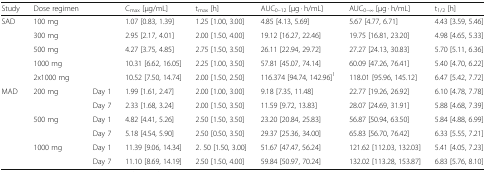
<table><thead><tr><td><b>Study</b></td><td><b>Dose regimen</b></td><td></td><td><b>C<sub>max</sub> [μg/mL]</b></td><td><b>t<sub>max</sub> [h]</b></td><td><b>AUC<sub>0–12</sub> [μg · h/mL]</b></td><td><b>AUC<sub>0–∞</sub> [μg · h/mL]</b></td><td><b>t<sub>1/2</sub> [h]</b></td></tr></thead><tbody><tr><td rowspan="5">SAD</td><td>100 mg</td><td></td><td>1.07 [0.83, 1.39]</td><td>1.25 [1.00, 3.00]</td><td>4.85 [4.13, 5.69]</td><td>5.67 [4.77, 6.71]</td><td>4.43 [3.59, 5.46]</td></tr><tr><td>300 mg</td><td></td><td>2.95 [2.17, 4.01]</td><td>2.00 [1.50, 4.00]</td><td>19.12 [16.27, 22.46]</td><td>19.75 [16.81, 23.20]</td><td>4.98 [4.65, 5.33]</td></tr><tr><td>500 mg</td><td></td><td>4.27 [3.75, 4.85]</td><td>2.75 [1.50, 3.50]</td><td>26.11 [22.94, 29.72]</td><td>27.27 [24.13, 30.83]</td><td>5.70 [5.11, 6.36]</td></tr><tr><td>1000 mg</td><td></td><td>10.31 [6.62, 16.05]</td><td>2.25 [1.00, 3.50]</td><td>57.81 [45.07, 74.14]</td><td>60.09 [47.26, 76.41]</td><td>5.40 [4.70, 6.22]</td></tr><tr><td>2x1000 mg</td><td></td><td>10.52 [7.50, 14.74]</td><td>2.00 [1.50, 2.50]</td><td>116.374 [94.74, 142.96]<sup>1</sup></td><td>118.01 [95.96, 145.12]</td><td>6.47 [5.42, 7.72]</td></tr><tr><td rowspan="6">MAD</td><td>200 mg</td><td>Day 1</td><td>1.99 [1.61, 2.47]</td><td>2.00 [1.00, 3.00]</td><td>9.18 [7.35, 11.48]</td><td>22.77 [19.26, 26.92]</td><td>6.10 [4.78, 7.78]</td></tr><tr><td></td><td>Day 7</td><td>2.33 [1.68, 3.24]</td><td>2.00 [1.50, 3.50]</td><td>11.59 [9.72, 13.83]</td><td>28.07 [24.69, 31.91]</td><td>5.88 [4.68, 7.39]</td></tr><tr><td>500 mg</td><td>Day 1</td><td>4.82 [4.41, 5.26]</td><td>2.50 [1.50, 3.50]</td><td>23.20 [20.84, 25.83]</td><td>56.87 [50.94, 63.50]</td><td>5.84 [4.88, 6.99]</td></tr><tr><td></td><td>Day 7</td><td>5.18 [4.54, 5.90]</td><td>2.50 [0.50, 3.50]</td><td>29.37 [25.36, 34.00]</td><td>65.83 [56.70, 76.42]</td><td>6.33 [5.55, 7.21]</td></tr><tr><td>1000 mg</td><td>Day 1</td><td>11.39 [9.06, 14.34]</td><td>2. 50 [1.50, 3.00]</td><td>51.67 [47.47, 56.24]</td><td>121.62 [112.03, 132.03]</td><td>5.41 [4.05, 7.23]</td></tr><tr><td></td><td>Day 7</td><td>11.10 [8.69, 14.19]</td><td>2.50 [1.50, 4.00]</td><td>59.84 [50.97, 70.24]</td><td>132.02 [113.28, 153.87]</td><td>6.83 [5.76, 8.10]</td></tr></tbody></table>